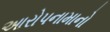
આરોપનામાનો